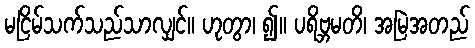
မငြိမ်သက်သည်သာလျှင်။ ဟုတွာ၊ ၍။ ပရိဗ္ဘမတိ၊ အမြဲအတည်